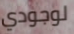
لوجودي